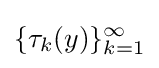
\{\tau _{k}(y)\}_{k=1}^{\infty }